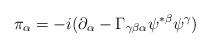
LaTeX: \begin{align*}\pi_\alpha=-i(\partial_\alpha-\Gamma_{\gamma\beta\alpha}\psi^{*\beta}\psi^\gamma)\end{align*}